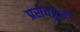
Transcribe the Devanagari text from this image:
प्रसवपुर्व